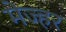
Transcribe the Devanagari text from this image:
मेज्हर